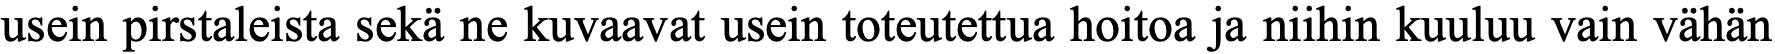
usein pirstaleista sekä ne kuvaavat usein toteutettua hoitoa ja niihin kuuluu vain vähän